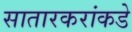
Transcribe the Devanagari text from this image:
सातारकरांकडे